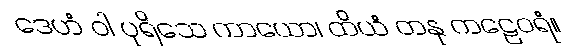
ဒေဟံ ဝါ ပုရိသေ ကာယော၊ ထိယံ တနု ကဠေဝရံ။